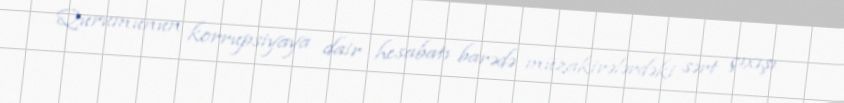
Qurumunun korrupsiyaya dair hesabatı barədə müzakirələrdəki sərt çıxışı